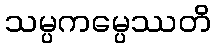
သမ္ပကမ္ပေဿတိ